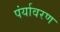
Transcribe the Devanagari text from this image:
पंर्यावरण